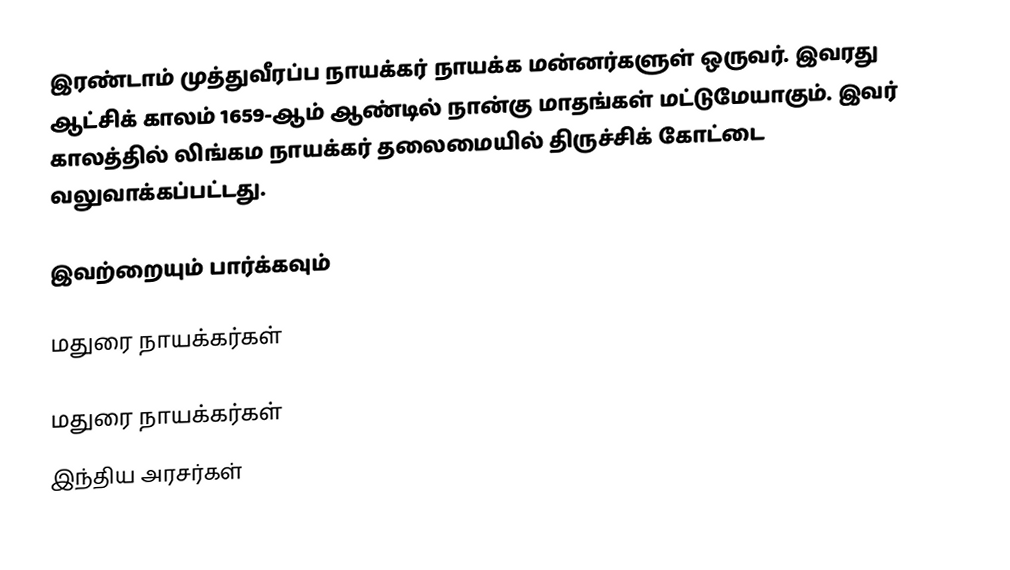
இரண்டாம் முத்துவீரப்ப நாயக்கர் நாயக்க மன்னர்களுள் ஒருவர். இவரது  ஆட்சிக் காலம் 1659-ஆம் ஆண்டில் நான்கு மாதங்கள் மட்டுமேயாகும். இவர்  காலத்தில் லிங்கம நாயக்கர் தலைமையில் திருச்சிக் கோட்டை வலுவாக்கப்பட்டது.

இவற்றையும் பார்க்கவும்

 மதுரை நாயக்கர்கள்

மதுரை நாயக்கர்கள்
 இந்திய அரசர்கள்